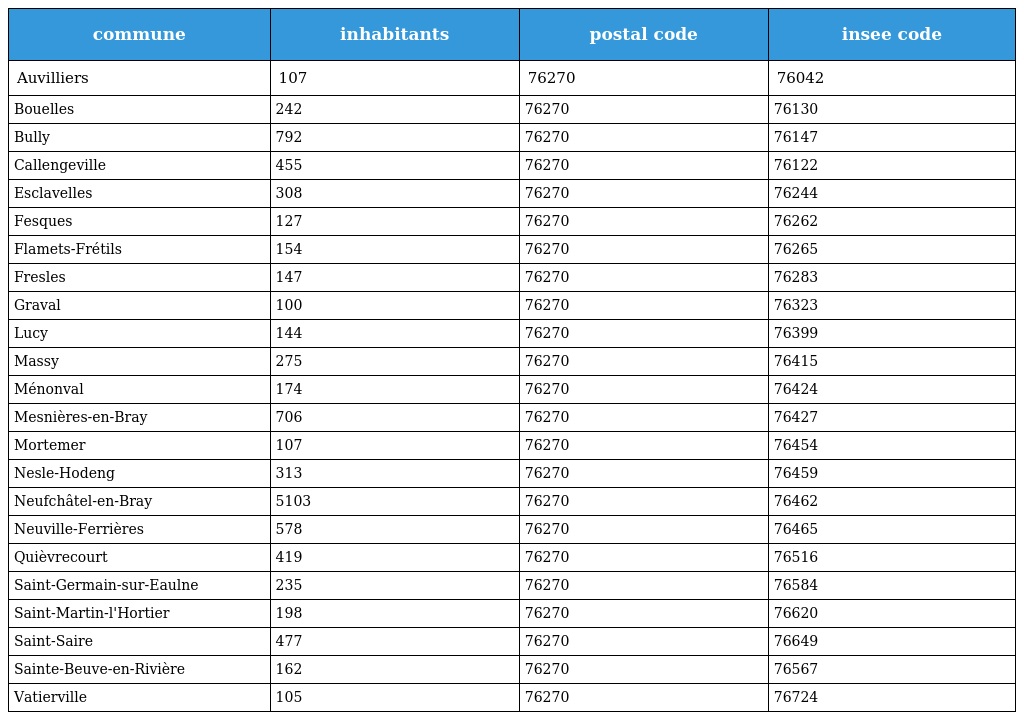
| commune | inhabitants | postal code | insee code |
 | --- | --- | --- | --- |
 | Auvilliers | 107 | 76270 | 76042 |
 | Bouelles | 242 | 76270 | 76130 |
 | Bully | 792 | 76270 | 76147 |
 | Callengeville | 455 | 76270 | 76122 |
 | Esclavelles | 308 | 76270 | 76244 |
 | Fesques | 127 | 76270 | 76262 |
 | Flamets-Frétils | 154 | 76270 | 76265 |
 | Fresles | 147 | 76270 | 76283 |
 | Graval | 100 | 76270 | 76323 |
 | Lucy | 144 | 76270 | 76399 |
 | Massy | 275 | 76270 | 76415 |
 | Ménonval | 174 | 76270 | 76424 |
 | Mesnières-en-Bray | 706 | 76270 | 76427 |
 | Mortemer | 107 | 76270 | 76454 |
 | Nesle-Hodeng | 313 | 76270 | 76459 |
 | Neufchâtel-en-Bray | 5103 | 76270 | 76462 |
 | Neuville-Ferrières | 578 | 76270 | 76465 |
 | Quièvrecourt | 419 | 76270 | 76516 |
 | Saint-Germain-sur-Eaulne | 235 | 76270 | 76584 |
 | Saint-Martin-l'Hortier | 198 | 76270 | 76620 |
 | Saint-Saire | 477 | 76270 | 76649 |
 | Sainte-Beuve-en-Rivière | 162 | 76270 | 76567 |
 | Vatierville | 105 | 76270 | 76724 |